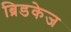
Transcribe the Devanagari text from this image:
ब्रिडकेज